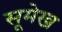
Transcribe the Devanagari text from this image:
सूमेख